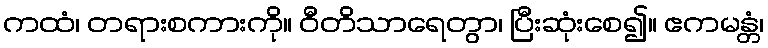
ကထံ၊ တရားစကားကို။ ဝီတိသာရေတွာ၊ ပြီးဆုံးစေ၍။ ဧကမန္တံ၊